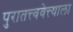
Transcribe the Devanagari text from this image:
पुरातत्त्ववेत्त्याला